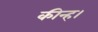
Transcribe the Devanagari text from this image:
कीन्‍ह।